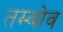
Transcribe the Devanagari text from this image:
तम्बोव